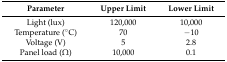
| Parameter | Upper Limit | Lower Limit |
 | --- | --- | --- |
 | Light (lux) | 120,000 | 10,000 |
 | Temperature (°C) | 70 | −10 |
 | Voltage (V) | 5 | 2.8 |
 | Panel load (Ω) | 10,000 | 0.1 |